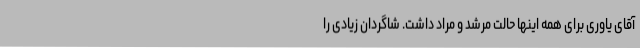
آقای یاوری برای همه اینها حالت مرشد و مراد داشت. شاگردان زیادی را